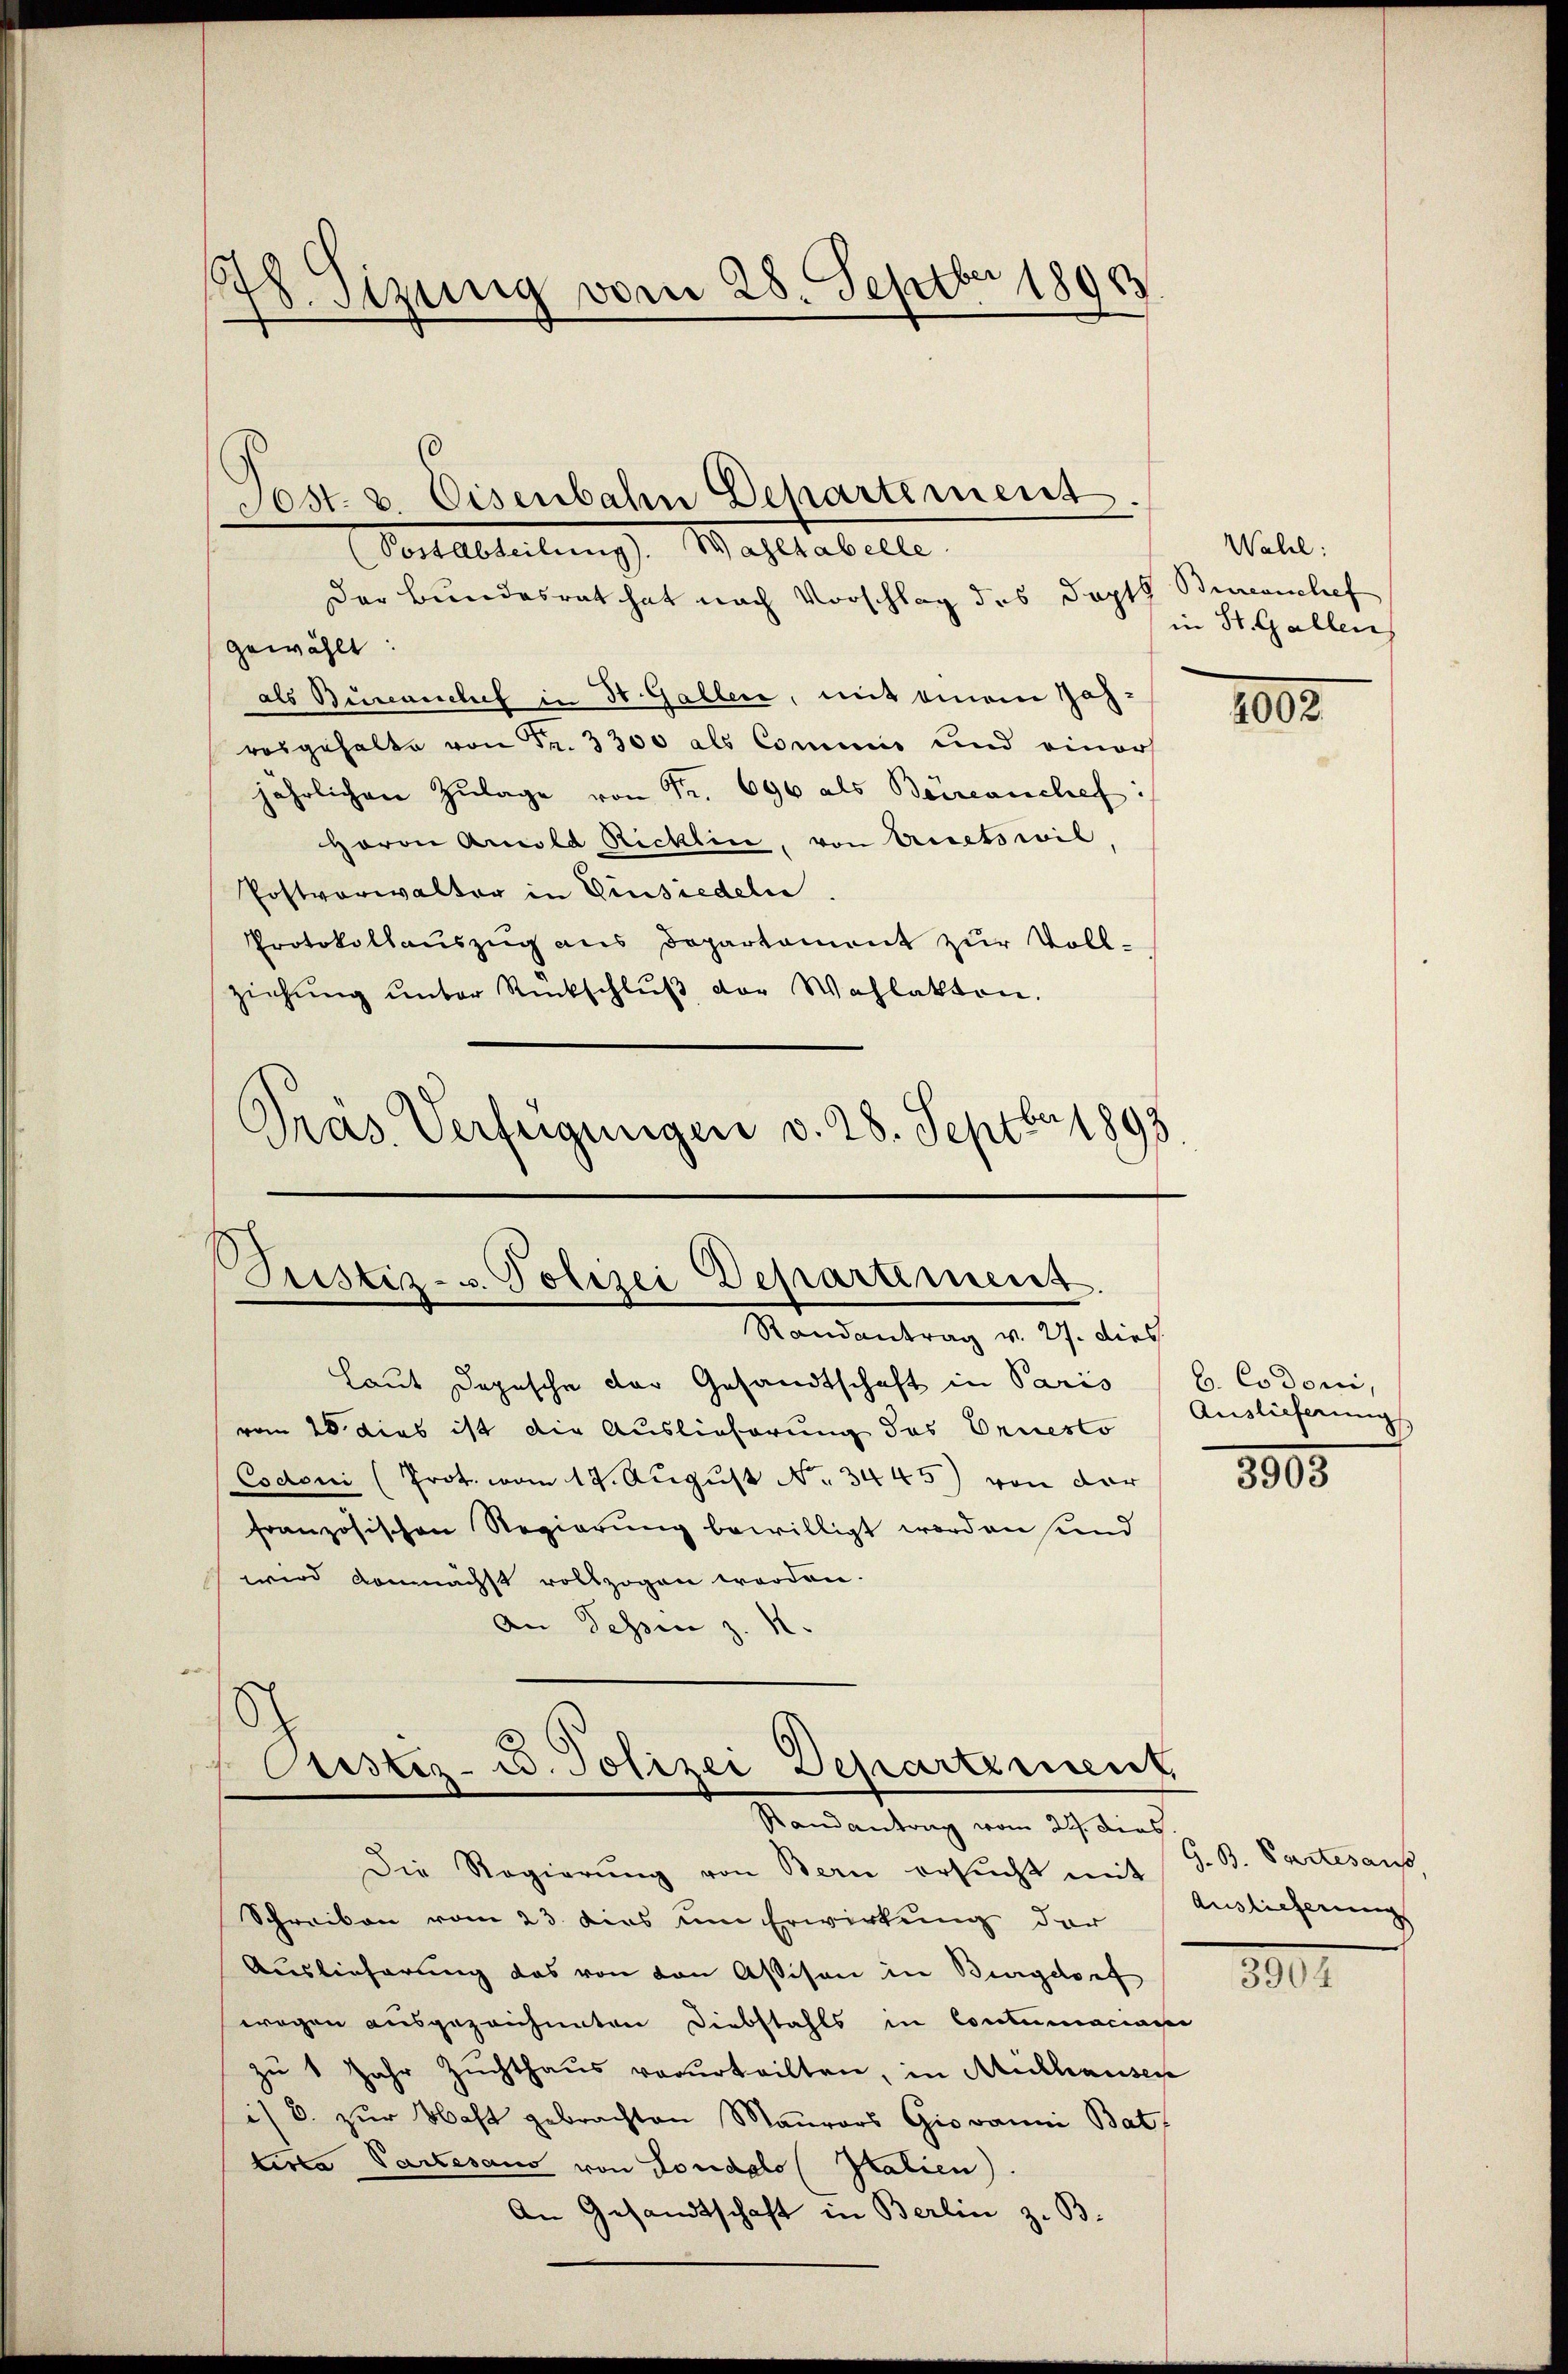
.
 Sizung vom 28. Septber 1890

Sost. v. Eisenbahn Departement
ortableitung Waltabelle

Der Bundesrat hat nach Vorschlag des Dopth Bureanchef
gewählt:
als Burcanchef in St. Gallen, mit einem Jahrosgehalte von Fr. 3300 als Commis und einer
jährlichen Zŭlage von Fr. 696 als Beiseanchef:
Haron Arnold Ricklin, von Uretswil
Postverwalter in Einsiedeln,
Protokollauszug aus Departement zur Voll-
ziehŭng ŭnter Rückschlŭβ der Wahlakten.
Prás Verfügungen v. 28. Septbr 1893.

Justiz- u. Polizei Departement.
Mandantrag v. J. dies
Laut Dopische der Gesandtschaft in Paris

vom 20. dies ist die Auslieferung des Ornesto
Codoni (Prot. vom 12. August No. 3445) von der
französischen Regierung bewilligt worden sind
wird demnächst vollzogen worden.
An Schen z. R.

Cristiz- u. Polizei Departement
Randantrag vom 24. dies

Die Regierŭng von Bern ersŭcht mit
Schreiben vom 23. dies um Erwirkung der
Auslieferung das von den Aßison in Burgdorf
wegen ausgezeichneten Diebstahls in Contumaciani
zu 1 Jahr Zuchthaus verurteilten, in Mülhausen
i/ B. zur Wahl gebrachten Maurers Giovanni Bat.
terta Varesaus von Londolo (Pralien).
An Gesandtschaft in Berlin z. B.

Wahl:
in St. Gallen

1002.

b. Codoni,
Auslieferung

1805

G. B. Partesaus
Auslieferung

3